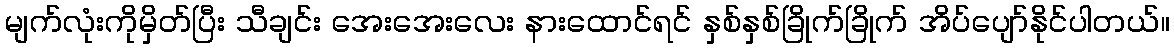
မျက်လုံးကိုမှိတ်ပြီး သီချင်း အေးအေးလေး နားထောင်ရင် နှစ်နှစ်ခြိုက်ခြိုက် အိပ်ပျော်နိုင်ပါတယ်။